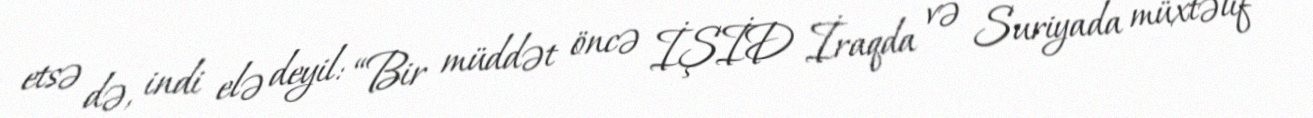
etsə də, indi elə deyil: “Bir müddət öncə İŞİD İraqda və Suriyada müxtəlif